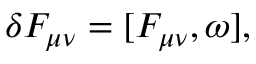
\delta F _ { \mu \nu } = [ F _ { \mu \nu } , \omega ] ,